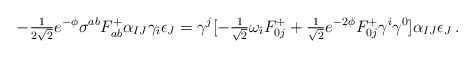
\begin{align*}-{\textstyle\frac{1}{2\sqrt{2}}} e^{-\phi} \sigma^{ab}F^{+}_{ab} \alpha_{IJ} \gamma_{\hat{\imath}} \epsilon_{J}=\gamma^{j} [-{\textstyle\frac{1}{\sqrt{2}}}\omega_{\hat{\imath}} F^{+}_{0j}+{\textstyle\frac{1}{\sqrt{2}}} e^{-2\phi} F^{+}_{0j} \gamma^{i}\gamma^{0}] \alpha_{IJ}\epsilon_{J}\, .\end{align*}